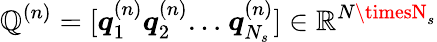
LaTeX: \mathbb{Q}^{(n)}=[\boldsymbol{q}_{1}^{(n)}\boldsymbol{q}_{2}^{(n)}{\dots}~\boldsymbol{q}_{N_{s}}^{(n)}]\in\mathbb{{R}}^{N\timesN_{s}}